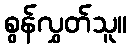
စွန်လွှတ်သူ။